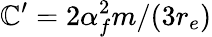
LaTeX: \mathbb{C}^{\prime}=2\alpha_{f}^{2}m/(3r_{e})